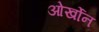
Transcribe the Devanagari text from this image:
ओर्खोन